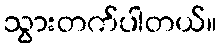
သွားတက်ပါတယ်။